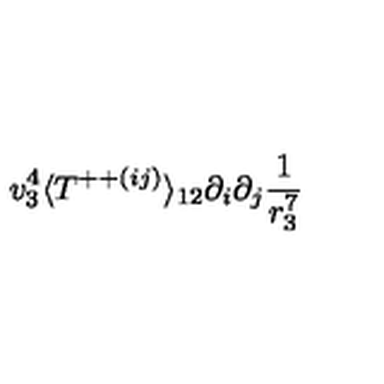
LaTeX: v _ { 3 } ^ { 4 } \langle T ^ { + + ( i j ) } \rangle _ { 1 2 } \partial _ { i } \partial _ { j } \frac { 1 } { r _ { 3 } ^ { 7 } }